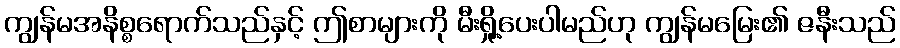
ကျွန်မအနိစ္စရောက်သည်နှင့် ဤစာများကို မီးရှို့ပေးပါမည်ဟု ကျွန်မမြေး၏ ဇနီးသည်